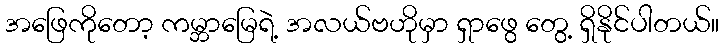
အဖြေကိုတော့ ကမ္ဘာမြေရဲ့ အလယ်ဗဟိုမှာ ရှာဖွေ တွေ့ ရှိနိုင်ပါတယ်။